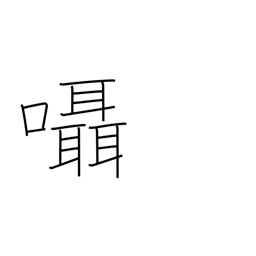
Meaning: murmur